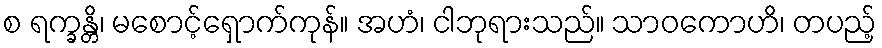
စ ရက္ခန္တိ၊ မစောင့်ရှောက်ကုန်။ အဟံ၊ ငါဘုရားသည်။ သာဝကောဟိ၊ တပည့်